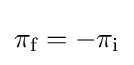
\pi _{\text{f}}=-\pi _{\text{i}}